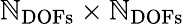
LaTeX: \mathbb{N}_{\mathrm{{DOFs}}}\times\mathbb{N}_{\mathrm{{DOFs}}}